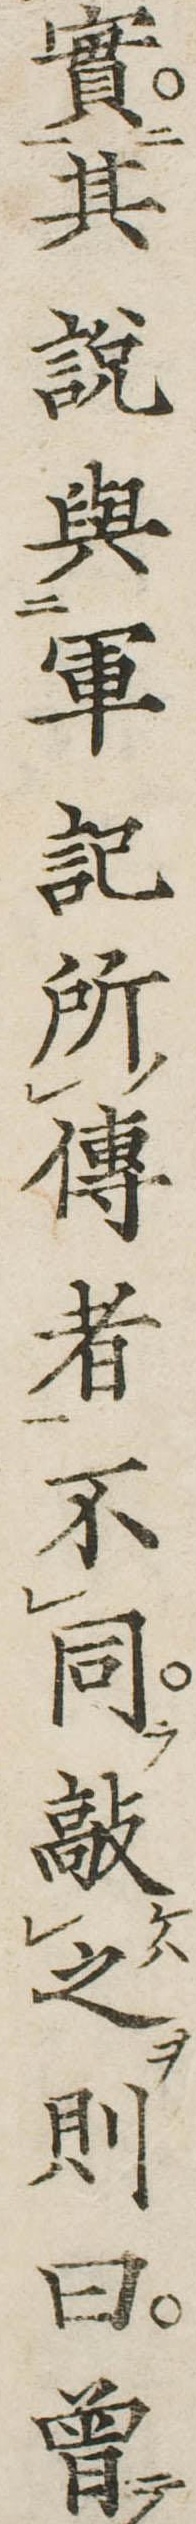
実其説与軍記所伝者不同敲之則曰曽